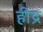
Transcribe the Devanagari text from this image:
हीद्र